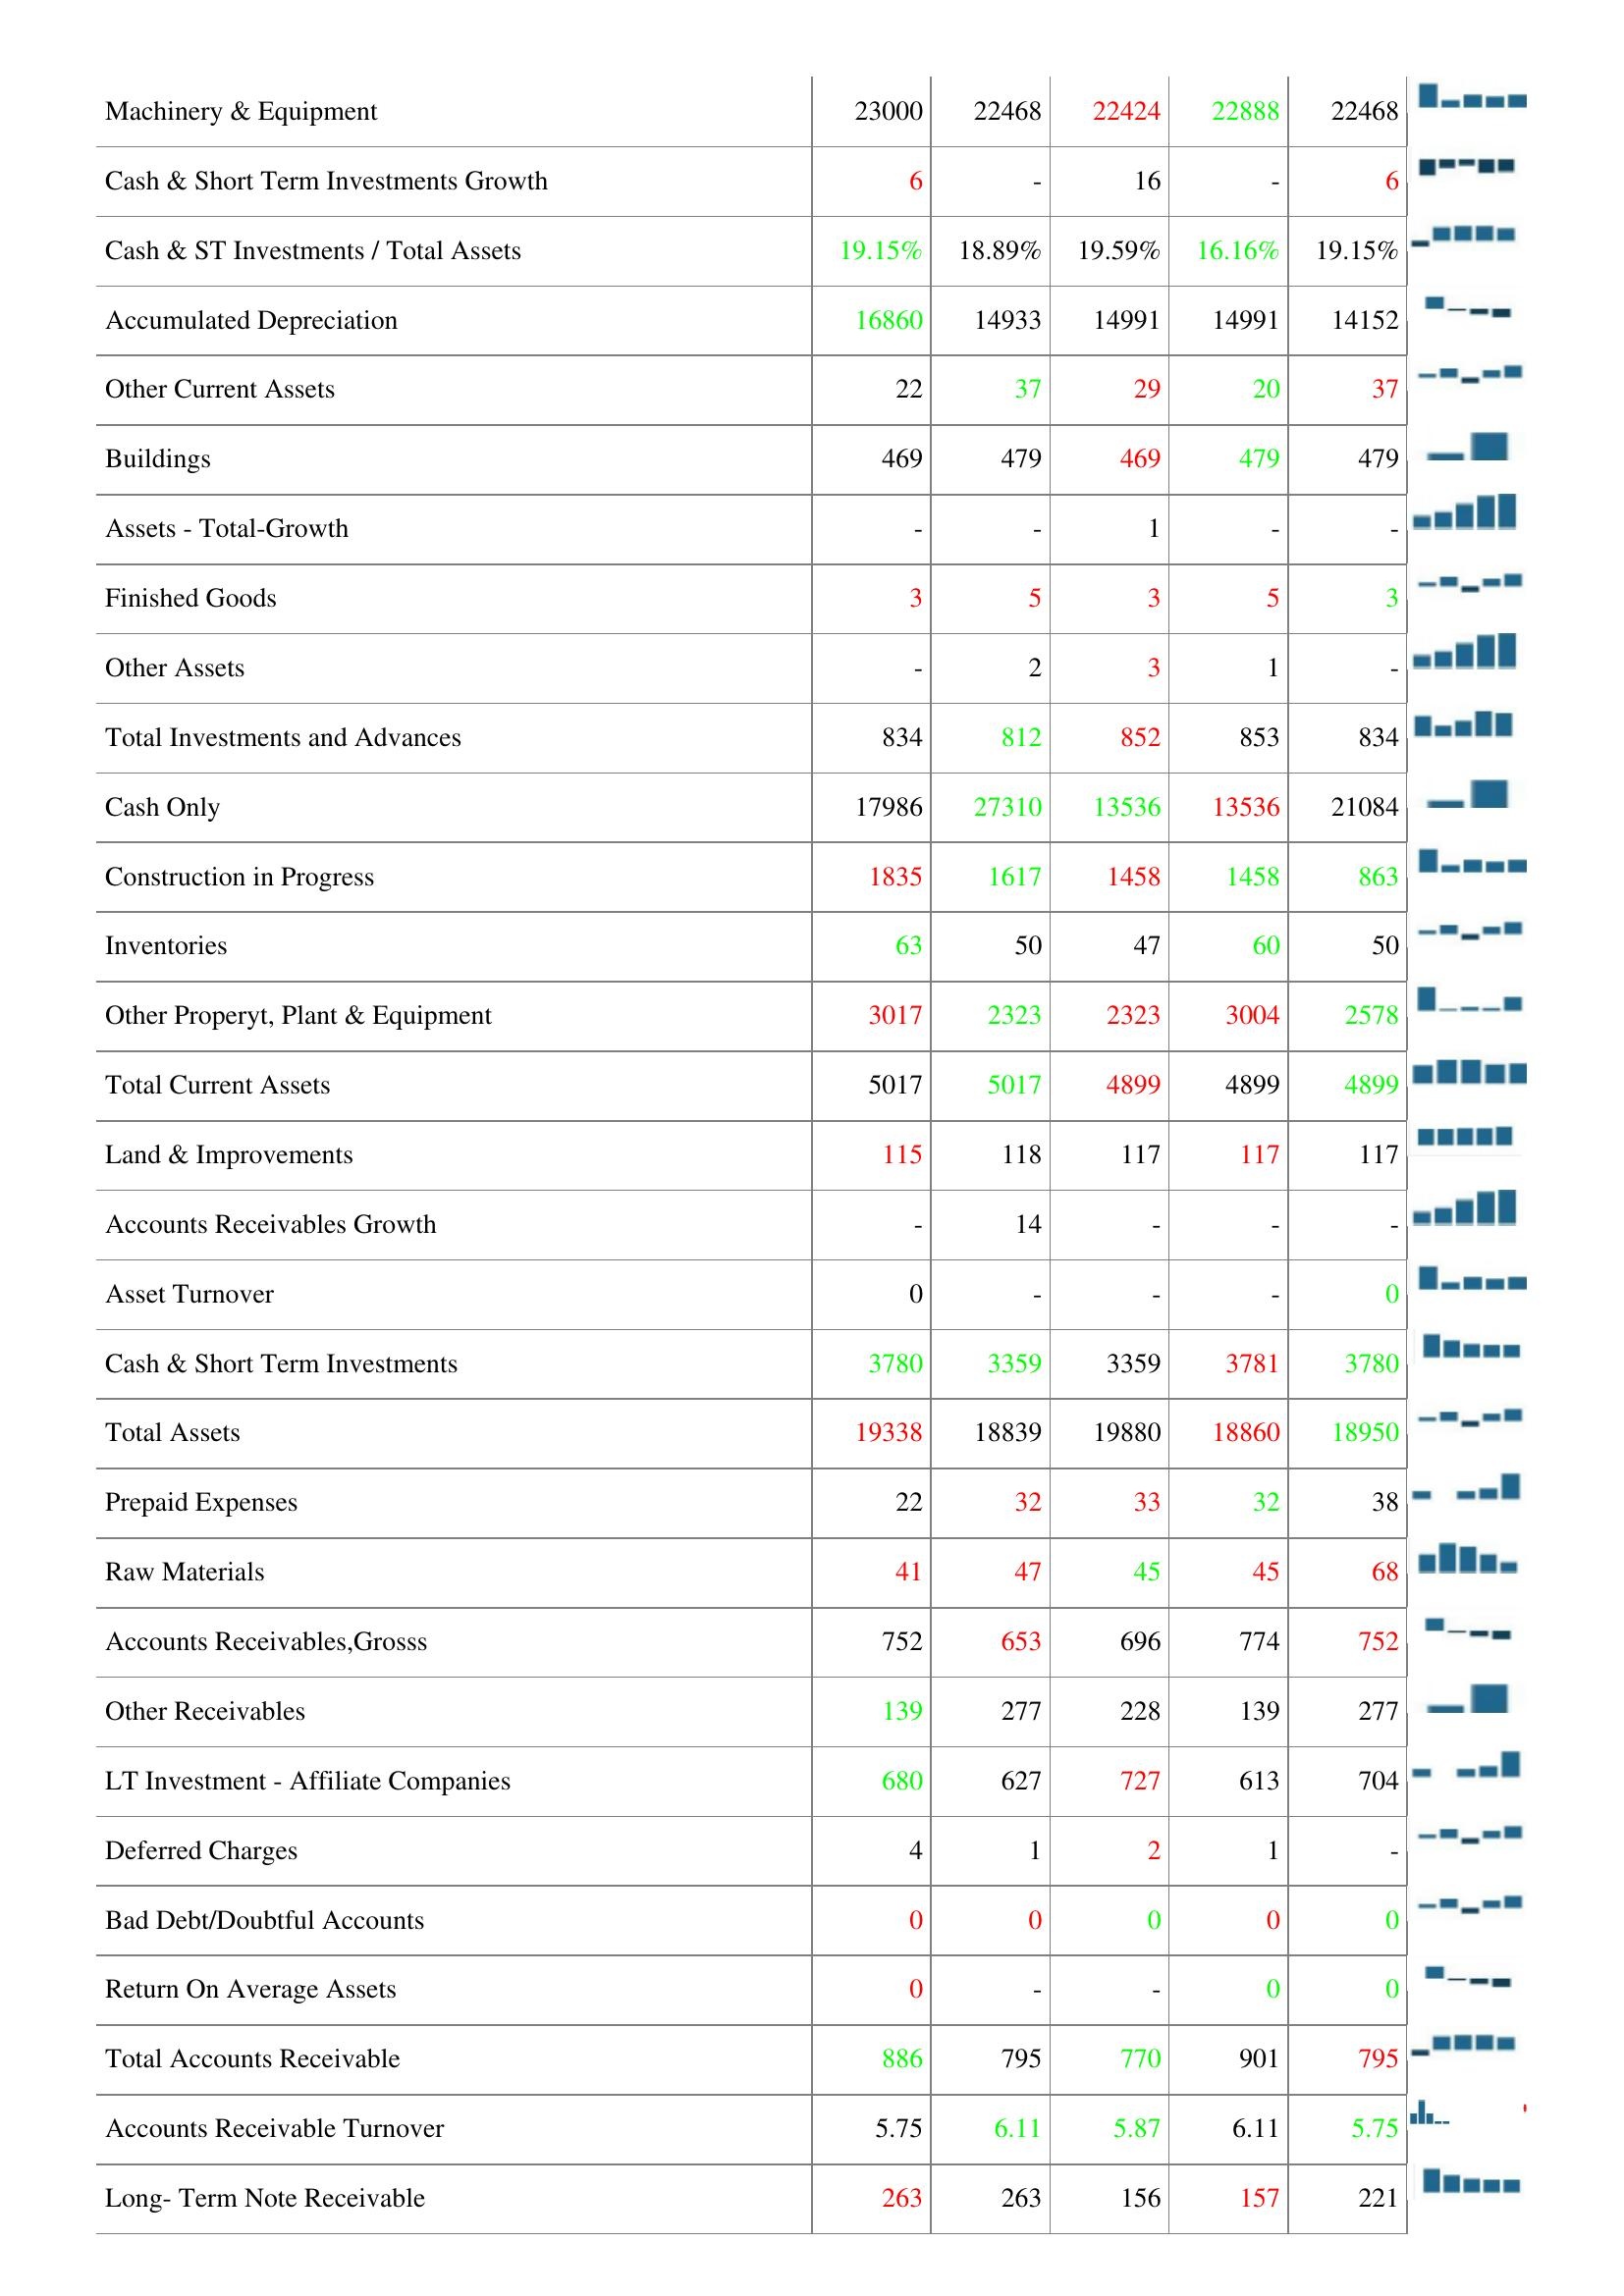
2009: Assets: Accounts Receivables, Net: 789
Transportation Equipment: 27
Net Property,Plant & Equipment: 13036
Leases: 2163
Computer Software and Equipment: 240
Property, Plant & Equipment -Gross: 29003
Machinery & Equipment: 23000
Cash & Short Term Investments Growth: 6
Cash & ST Investments / Total Assets: 19.15%
Accumulated Depreciation: 16860
Other Current Assets: 22
Buildings: 469
Assets - Total-Growth: -
Finished Goods: 3
Other Assets: -
Total Investments and Advances: 834
Cash Only: 17986
Construction in Progress: 1835
Inventories: 63
Other Properyt, Plant & Equipment: 3017
Total Current Assets: 5017
Land & Improvements: 115
Accounts Receivables Growth: -
Asset Turnover: 0
Cash & Short Term Investments: 3780
Total Assets: 19338
Prepaid Expenses: 22
Raw Materials: 41
Accounts Receivables,Grosss: 752
Other Receivables: 139
LT Investment - Affiliate Companies: 680
Deferred Charges: 4
Bad Debt/Doubtful Accounts: 0
Return On Average Assets: 0
Total Accounts Receivable: 886
Accounts Receivable Turnover: 5.75
Long- Term Note Receivable: 263
2008: Assets: Accounts Receivables, Net: 643
Transportation Equipment: 27
Net Property,Plant & Equipment: 12648
Leases: 1143
Computer Software and Equipment: 245
Property, Plant & Equipment -Gross: 29462
Machinery & Equipment: 22468
Cash & Short Term Investments Growth: -
Cash & ST Investments / Total Assets: 18.89%
Accumulated Depreciation: 14933
Other Current Assets: 37
Buildings: 479
Assets - Total-Growth: -
Finished Goods: 5
Other Assets: 2
Total Investments and Advances: 812
Cash Only: 27310
Construction in Progress: 1617
Inventories: 50
Other Properyt, Plant & Equipment: 2323
Total Current Assets: 5017
Land & Improvements: 118
Accounts Receivables Growth: 14
Asset Turnover: -
Cash & Short Term Investments: 3359
Total Assets: 18839
Prepaid Expenses: 32
Raw Materials: 47
Accounts Receivables,Grosss: 653
Other Receivables: 277
LT Investment - Affiliate Companies: 627
Deferred Charges: 1
Bad Debt/Doubtful Accounts: 0
Return On Average Assets: -
Total Accounts Receivable: 795
Accounts Receivable Turnover: 6.11
Long- Term Note Receivable: 263
2007: Assets: Accounts Receivables, Net: 637
Transportation Equipment: 27
Net Property,Plant & Equipment: 13036
Leases: 1127
Computer Software and Equipment: 179
Property, Plant & Equipment -Gross: 29462
Machinery & Equipment: 22424
Cash & Short Term Investments Growth: 16
Cash & ST Investments / Total Assets: 19.59%
Accumulated Depreciation: 14991
Other Current Assets: 29
Buildings: 469
Assets - Total-Growth: 1
Finished Goods: 3
Other Assets: 3
Total Investments and Advances: 852
Cash Only: 13536
Construction in Progress: 1458
Inventories: 47
Other Properyt, Plant & Equipment: 2323
Total Current Assets: 4899
Land & Improvements: 117
Accounts Receivables Growth: -
Asset Turnover: -
Cash & Short Term Investments: 3359
Total Assets: 19880
Prepaid Expenses: 33
Raw Materials: 45
Accounts Receivables,Grosss: 696
Other Receivables: 228
LT Investment - Affiliate Companies: 727
Deferred Charges: 2
Bad Debt/Doubtful Accounts: 0
Return On Average Assets: -
Total Accounts Receivable: 770
Accounts Receivable Turnover: 5.87
Long- Term Note Receivable: 156
2006: Assets: Accounts Receivables, Net: 737
Transportation Equipment: 30
Net Property,Plant & Equipment: 13036
Leases: 1563
Computer Software and Equipment: 243
Property, Plant & Equipment -Gross: 29754
Machinery & Equipment: 22888
Cash & Short Term Investments Growth: -
Cash & ST Investments / Total Assets: 16.16%
Accumulated Depreciation: 14991
Other Current Assets: 20
Buildings: 479
Assets - Total-Growth: -
Finished Goods: 5
Other Assets: 1
Total Investments and Advances: 853
Cash Only: 13536
Construction in Progress: 1458
Inventories: 60
Other Properyt, Plant & Equipment: 3004
Total Current Assets: 4899
Land & Improvements: 117
Accounts Receivables Growth: -
Asset Turnover: -
Cash & Short Term Investments: 3781
Total Assets: 18860
Prepaid Expenses: 32
Raw Materials: 45
Accounts Receivables,Grosss: 774
Other Receivables: 139
LT Investment - Affiliate Companies: 613
Deferred Charges: 1
Bad Debt/Doubtful Accounts: 0
Return On Average Assets: 0
Total Accounts Receivable: 901
Accounts Receivable Turnover: 6.11
Long- Term Note Receivable: 157
2005: Assets: Accounts Receivables, Net: 751
Transportation Equipment: 28
Net Property,Plant & Equipment: 13045
Leases: 1143
Computer Software and Equipment: 201
Property, Plant & Equipment -Gross: 26729
Machinery & Equipment: 22468
Cash & Short Term Investments Growth: 6
Cash & ST Investments / Total Assets: 19.15%
Accumulated Depreciation: 14152
Other Current Assets: 37
Buildings: 479
Assets - Total-Growth: -
Finished Goods: 3
Other Assets: -
Total Investments and Advances: 834
Cash Only: 21084
Construction in Progress: 863
Inventories: 50
Other Properyt, Plant & Equipment: 2578
Total Current Assets: 4899
Land & Improvements: 117
Accounts Receivables Growth: -
Asset Turnover: 0
Cash & Short Term Investments: 3780
Total Assets: 18950
Prepaid Expenses: 38
Raw Materials: 68
Accounts Receivables,Grosss: 752
Other Receivables: 277
LT Investment - Affiliate Companies: 704
Deferred Charges: -
Bad Debt/Doubtful Accounts: 0
Return On Average Assets: 0
Total Accounts Receivable: 795
Accounts Receivable Turnover: 5.75
Long- Term Note Receivable: 221